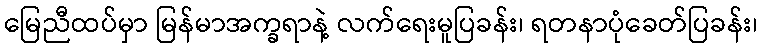
မြေညီထပ်မှာ မြန်မာအက္ခရာနဲ့ လက်ရေးမူပြခန်း၊ ရတနာပုံခေတ်ပြခန်း၊